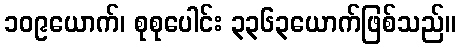
၁၀၉ယောက်၊ စုစုပေါင်း ၃၃၆၃ယောက်ဖြစ်သည်။